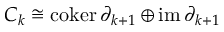
C _ { k } \cong \operatorname { c o k e r } \partial _ { k + 1 } \oplus \operatorname { i m } \partial _ { k + 1 }